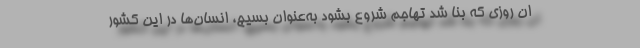
ان روزی که بنا شد تهاجم شروع بشود به‌عنوان بسیج، انسان‌ها در این کشور